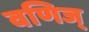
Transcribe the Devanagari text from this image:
वणिज्